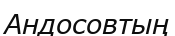
Андосовтың